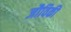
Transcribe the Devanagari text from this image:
जौविकी